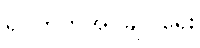
ရပ်ကွက်အုပ်ချုပ်ရေး